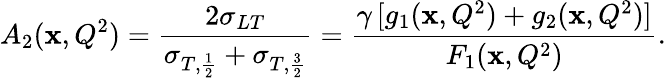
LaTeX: A_{2}(\mathbf{x},Q^{2})=\frac{{2\sigma_{LT}}}{{\sigma_{T,\frac{{1}}{{2}}}+\sigma_{T,\frac{{3}}{{2}}}}}=\frac{{\gamma\, [g_{1}(\mathbf{x},Q^{2})+g_{2}(\mathbf{x},Q^{2})]}}{{F_{1}(\mathbf{x},Q^{2})}}.